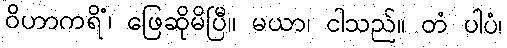
ဝိဟာကရိံ၊ ဖြေဆိုမိပြီ။ မယာ၊ ငါသည်။ တံ ပါပံ၊